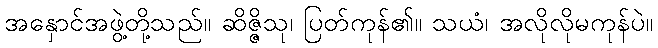
အနှောင်အဖွဲ့တို့သည်။ ဆိဇ္ဇိသု၊ ပြတ်ကုန်၏။ သယံ၊ အလိုလိုမကုန်ပဲ။